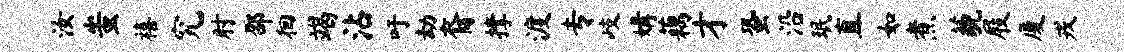
汝蚩禧究肘邵徊竭沾吁劫裔撑渡专岐媾藕才蛩沿珉直如煮藐屐厦戎